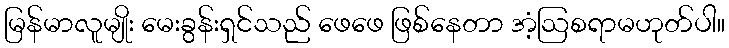
မြန်မာလူမျိုး မေးခွန်းရှင်သည် ဖေဖေ ဖြစ်နေတာ အံ့ဩစရာမဟုတ်ပါ။